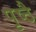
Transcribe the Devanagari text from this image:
पृष्ठै